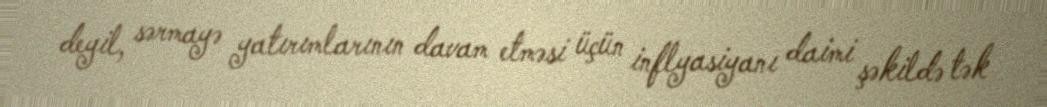
deyil, sərmayə yatırımlarının davam etməsi üçün inflyasiyanı daimi şəkildə tək